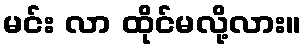
မင်း လာ ထိုင်မလို့လား။